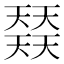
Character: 𡚌